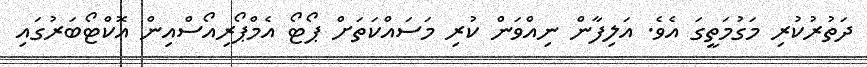
ދަތުރުކުރި މަގުމަތީގަ އެވެ. އަލިފާން ނިއްވަން ކުރި މަސައްކަތަށް ޕޯޓޯ އެމްޕޯރިއޯސްއިން އޮކްޓޯބަރުގައި